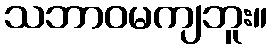
သဘာဝမကျဘူး။